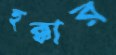
হুক্কার